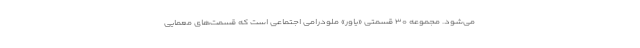
می‌شود. مجموعه ۳۰ قسمتی «یاور» ملودرامی اجتماعی است که قسمت‌های معمایی